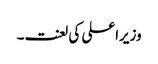
وزیراعلی کی لعنت۔